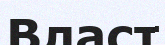
Власт